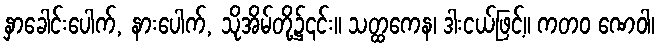
နှာခေါင်းပေါက်, နားပေါက်, သိုအိမ်တို့၌၎င်း။ သတ္ထကေန၊ ဒါးငယ်ဖြင့်။ ကတဝ ဏေဝါ၊